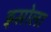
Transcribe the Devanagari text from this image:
इसोला